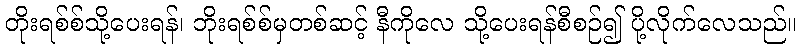
တိုးရစ်စ်သို့ပေးရန်၊ ဘိုးရစ်စ်မှတစ်ဆင့် နီကိုလေ သို့ပေးရန်စီစဉ်၍ ပို့လိုက်လေသည်။